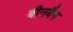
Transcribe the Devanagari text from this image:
बीनबैग